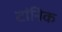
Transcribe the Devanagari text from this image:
टांनिक